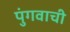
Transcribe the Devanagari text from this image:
पुंगवाची